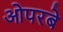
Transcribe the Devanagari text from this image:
ओपरबे